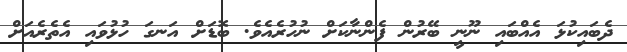
ދެބައިކުޅަ އެއްބައި ނޫނީ ބޭރުން ފެންނާކަށް ނުހުރެއެވެ. ބޮޑަށް އަނގަ ހުޅުވައި އެތެރެއަށް